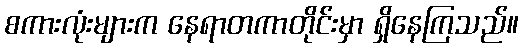
စကားလုံးများက နေရာတကာတိုင်းမှာ ရှိနေကြသည်။